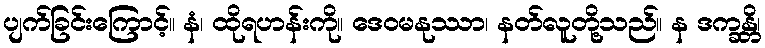
ပျက်ခြင်းကြောင့်။ နံ၊ ထိုရဟန်းကို။ ဒေဝမနုဿာ၊ နတ်လူတို့သည်။ န ဒက္ခန္တိ၊